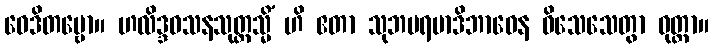
ဝေဒိတဗ္ဗော။ ဟလိဒ္ဒဝသနသုတ္တသ္မိံ ဟိ ဧတာ သုဘပရမာဒိဘာဝေန ဝိသေသေတွာ ဝုတ္တာ။